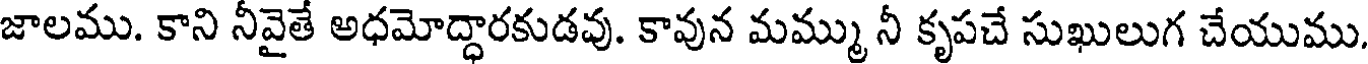
జాలము. కాని నీవైతే అధమోద్ధారకుడవు. కావున మమ్ము నీ కృపచే సుఖులుగ చేయుము